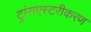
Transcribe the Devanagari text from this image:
ट्रांसएस्टरीकरण